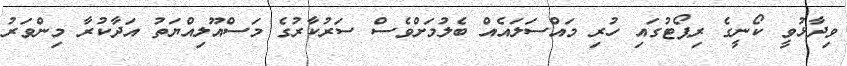
ވިދާޅުވީ ކޯނީގެ ރިޕޯޓުގައި ހުރި މައްސަލައެއް ބެލުމަށްވެސް ސަރުކާރުގެ މަސްއޫލިއްޔަތު އަދާކުރާ މިންވަރު